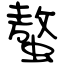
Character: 螯